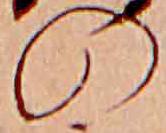
の